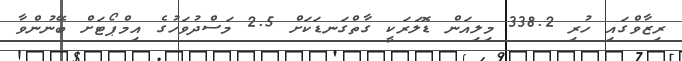
ރިޒާވްގައި ހުރި 338.2 މިލިއަން ޑޮލަރަކީ ގާތްގަނޑަކަށް 2.5 މަސްދުވަހުގެ އިމްޕޯޓަށް ބޭނުންވާ